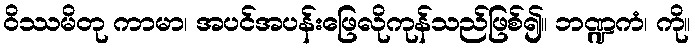
ဝိဿမိတု ကာမာ၊ အပင်အပန်းဖြေလိုကုန်သည်ဖြစ်၍။ ဘဏ္ဍကံ၊ ကို။